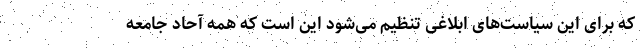
که برای این سیاست‌های ابلاغی تنظیم می‌شود این است که همه آحاد جامعه